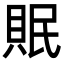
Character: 𮚀